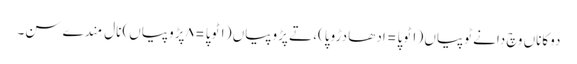
دوکاناں وچ دانے ٹوپیاں (١ ٹوپا = ادھا دڑوپا)، تے پڑوپیاں (١ ٹوپا = ٨ پڑوپیاں) نال مِندے سن۔